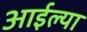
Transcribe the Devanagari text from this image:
आईल्या